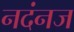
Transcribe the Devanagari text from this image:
नदंनज